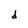
Character: d